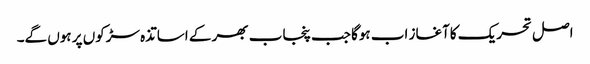
اصل تحریک کاآغاز اب ہوگا جب پنجاب بھر کے اساتذہ سڑکوں پر ہوں گے۔